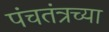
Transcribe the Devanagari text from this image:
पंचतंत्रच्या